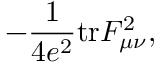
- \frac { 1 } { 4 e ^ { 2 } } \mathrm { t r } F _ { \mu \nu } ^ { 2 } ,